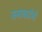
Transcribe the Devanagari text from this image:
जनाबाईंची